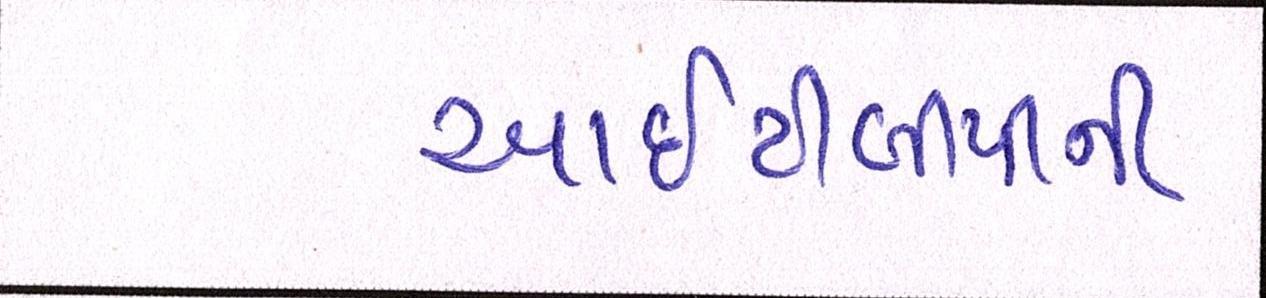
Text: આઇટીબીપીની